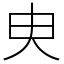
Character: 㬰